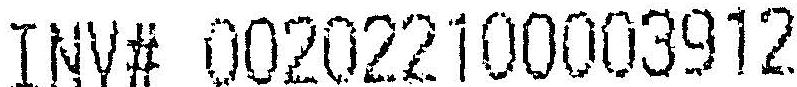
INV# 002022100003912